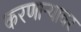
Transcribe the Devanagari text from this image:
करणाऱ्यावर